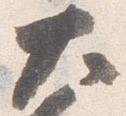
太